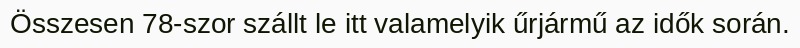
Összesen 78-szor szállt le itt valamelyik űrjármű az idők során.